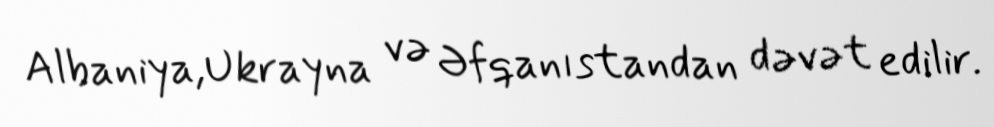
Albaniya,Ukrayna və Əfqanıstandan dəvət edilir.